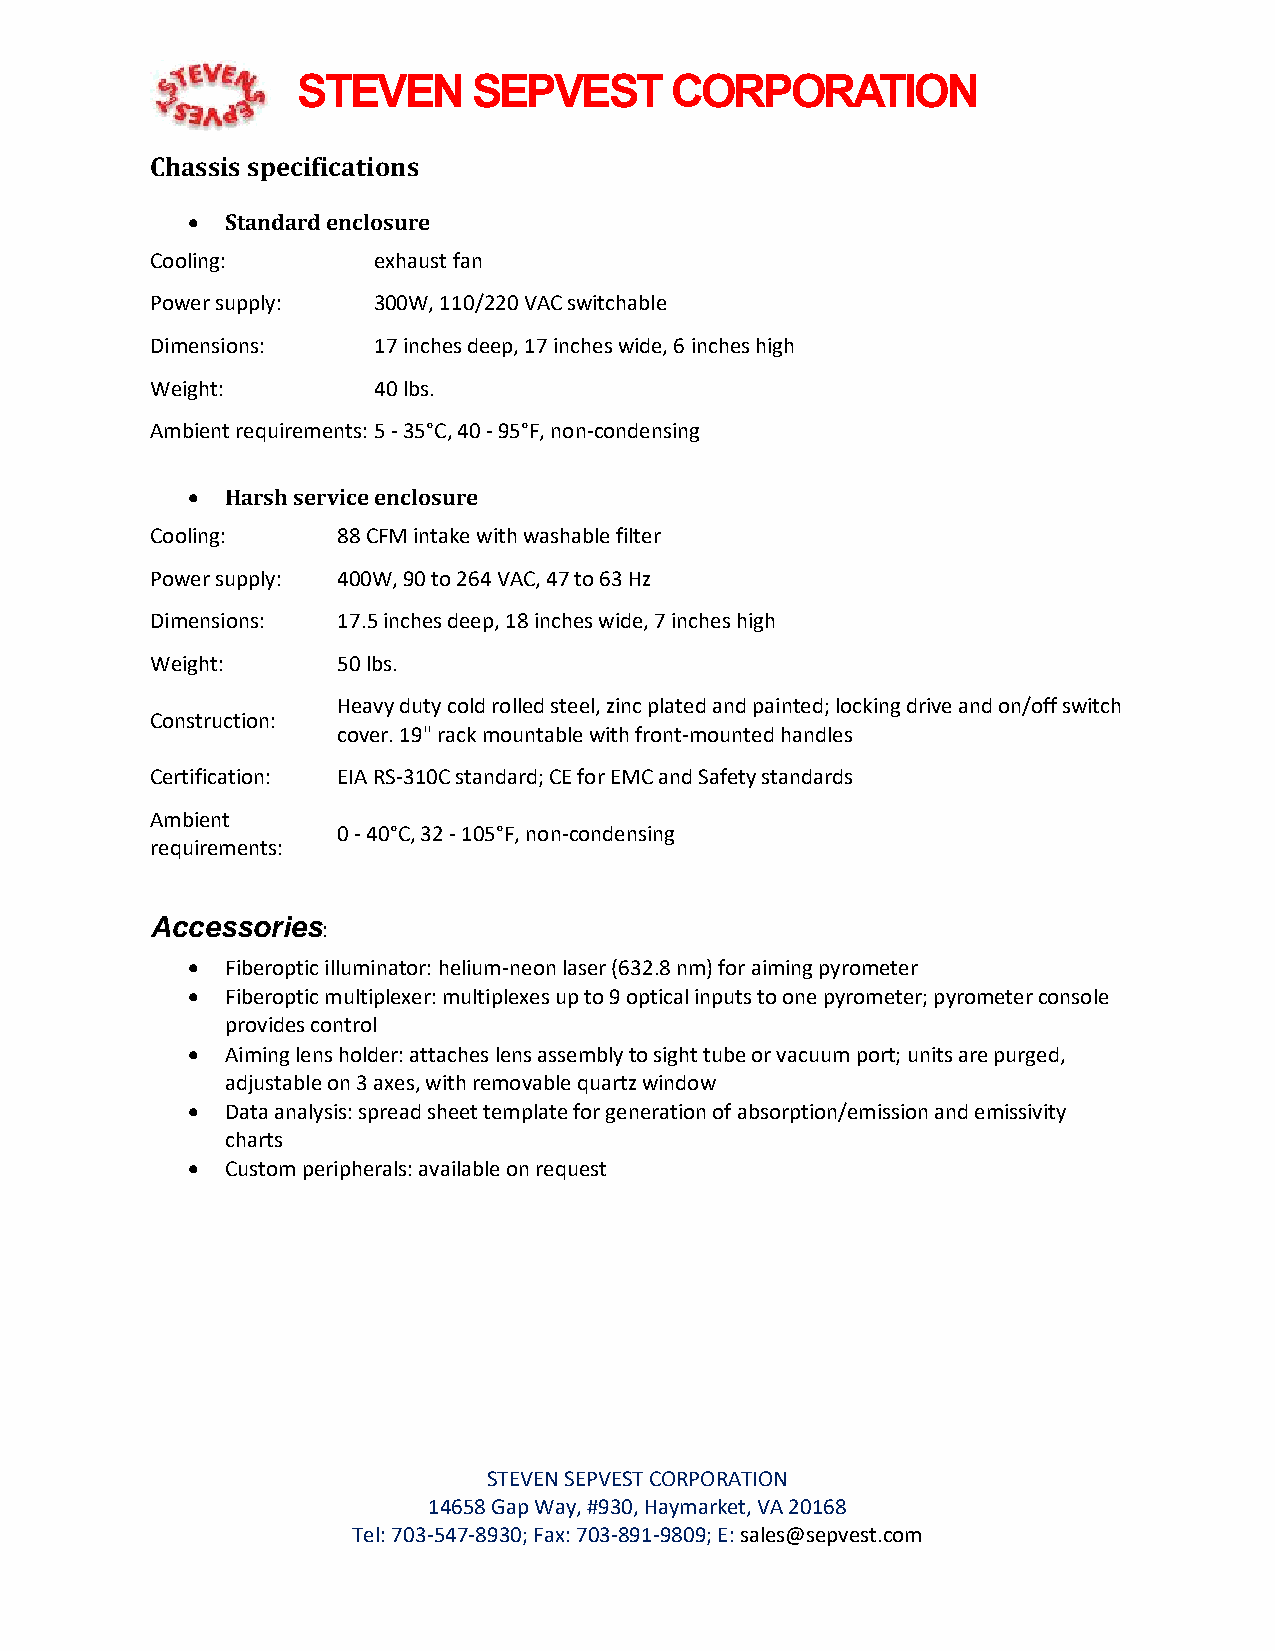
STEVEN     SEPVEST      CORPORATION
 Chassis specifications
   Standard enclosure
 Cooling:       exhaust fan
 Power supply:  300W, 110/220 VAC switchable
 Dimensions:    17 inches deep, 17 inches wide, 6 inches high
 Weight:        40 lbs.
 Ambient requirements: 5 - 35°C, 40 - 95°F, non-condensing
   Harsh service enclosure
 Cooling:    88 CFM intake with washable filter
 Power supply: 400W, 90 to 264 VAC, 47 to 63 Hz
 Dimensions: 17.5 inches deep, 18 inches wide, 7 inches high
 Weight:     50 lbs.
 Heavy duty cold rolled steel, zinc plated and painted; locking drive and on/off switch
 Construction:
 cover. 19" rack mountable with front-mounted handles
 Certification: EIA RS-310C standard; CE for EMC and Safety standards
 Ambient
 0 - 40°C, 32 - 105°F, non-condensing
 requirements:
 Accessories:
   Fiberoptic illuminator: helium-neon laser (632.8 nm) for aiming pyrometer
   Fiberoptic multiplexer: multiplexes up to 9 optical inputs to one pyrometer; pyrometer console
 provides control
   Aiming lens holder: attaches lens assembly to sight tube or vacuum port; units are purged,
 adjustable on 3 axes, with removable quartz window
   Data analysis: spread sheet template for generation of absorption/emission and emissivity
 charts
   Custom peripherals: available on request
 STEVEN SEPVEST CORPORATION
 14658 Gap Way, #930, Haymarket, VA 20168
 Tel: 703-547-8930; Fax: 703-891-9809; E: sales@sepvest.com